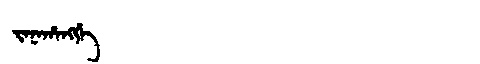
Manchu: ᠵᠠᠨᠠᡥᠠᠩᡤᡝ
Romanization: JANAHANGGE